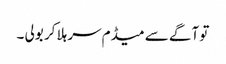
تو آگے سے میڈم سر ہلا کر بولی ۔